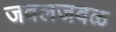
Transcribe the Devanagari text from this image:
जवलजवळ